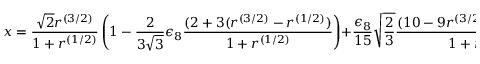
x = \frac { \sqrt { 2 } r ^ { ( 3 / 2 ) } } { 1 + r ^ { ( 1 / 2 ) } } \left( 1 - \frac { 2 } { 3 \sqrt { 3 } } \epsilon _ { 8 } \frac { ( 2 + 3 ( r ^ { ( 3 / 2 ) } - r ^ { ( 1 / 2 ) } ) } { 1 + r ^ { ( 1 / 2 ) } } \right) + \frac { \epsilon _ { 8 } } { 1 5 } \sqrt { \frac { 2 } { 3 } } \frac { ( 1 0 - 9 r ^ { ( 3 / 2 ) } + 6 0 r ^ { ( 1 / 2 ) } ) } { 1 + r ^ { ( 1 / 2 ) } }